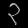
Digit: ၃